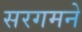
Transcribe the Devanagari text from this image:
सरगमने